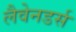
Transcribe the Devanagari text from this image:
लैवेनडर्स